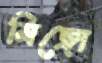
মিঙ্গো